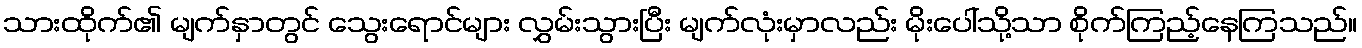
သားထိုက်၏ မျက်နှာတွင် သွေးရောင်များ လွှမ်းသွားပြီး မျက်လုံးမှာလည်း မိုးပေါ်သို့သာ စိုက်ကြည့်နေကြသည်။